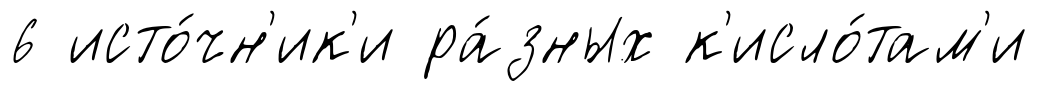
6 исто́чн'ик'и ра́зных к'исло́там'и